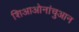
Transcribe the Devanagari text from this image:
शिआओनांचुआन